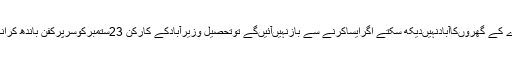
جن کے اپنے گھرآبادنہیںاس لئے وہ دوسرے کے گھروںکاآبادنہیںدیکھ سکتے اگرایساکرنے سے بازنہیںآئیںگے توتحصیل وزیرآبادکے کارکن 23ستمبرکوسرپرکفن باندھ کرانکے گھروںکی طرف لانگ مارچ کرینگے۔